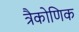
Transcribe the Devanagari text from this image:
त्रैकोणिक